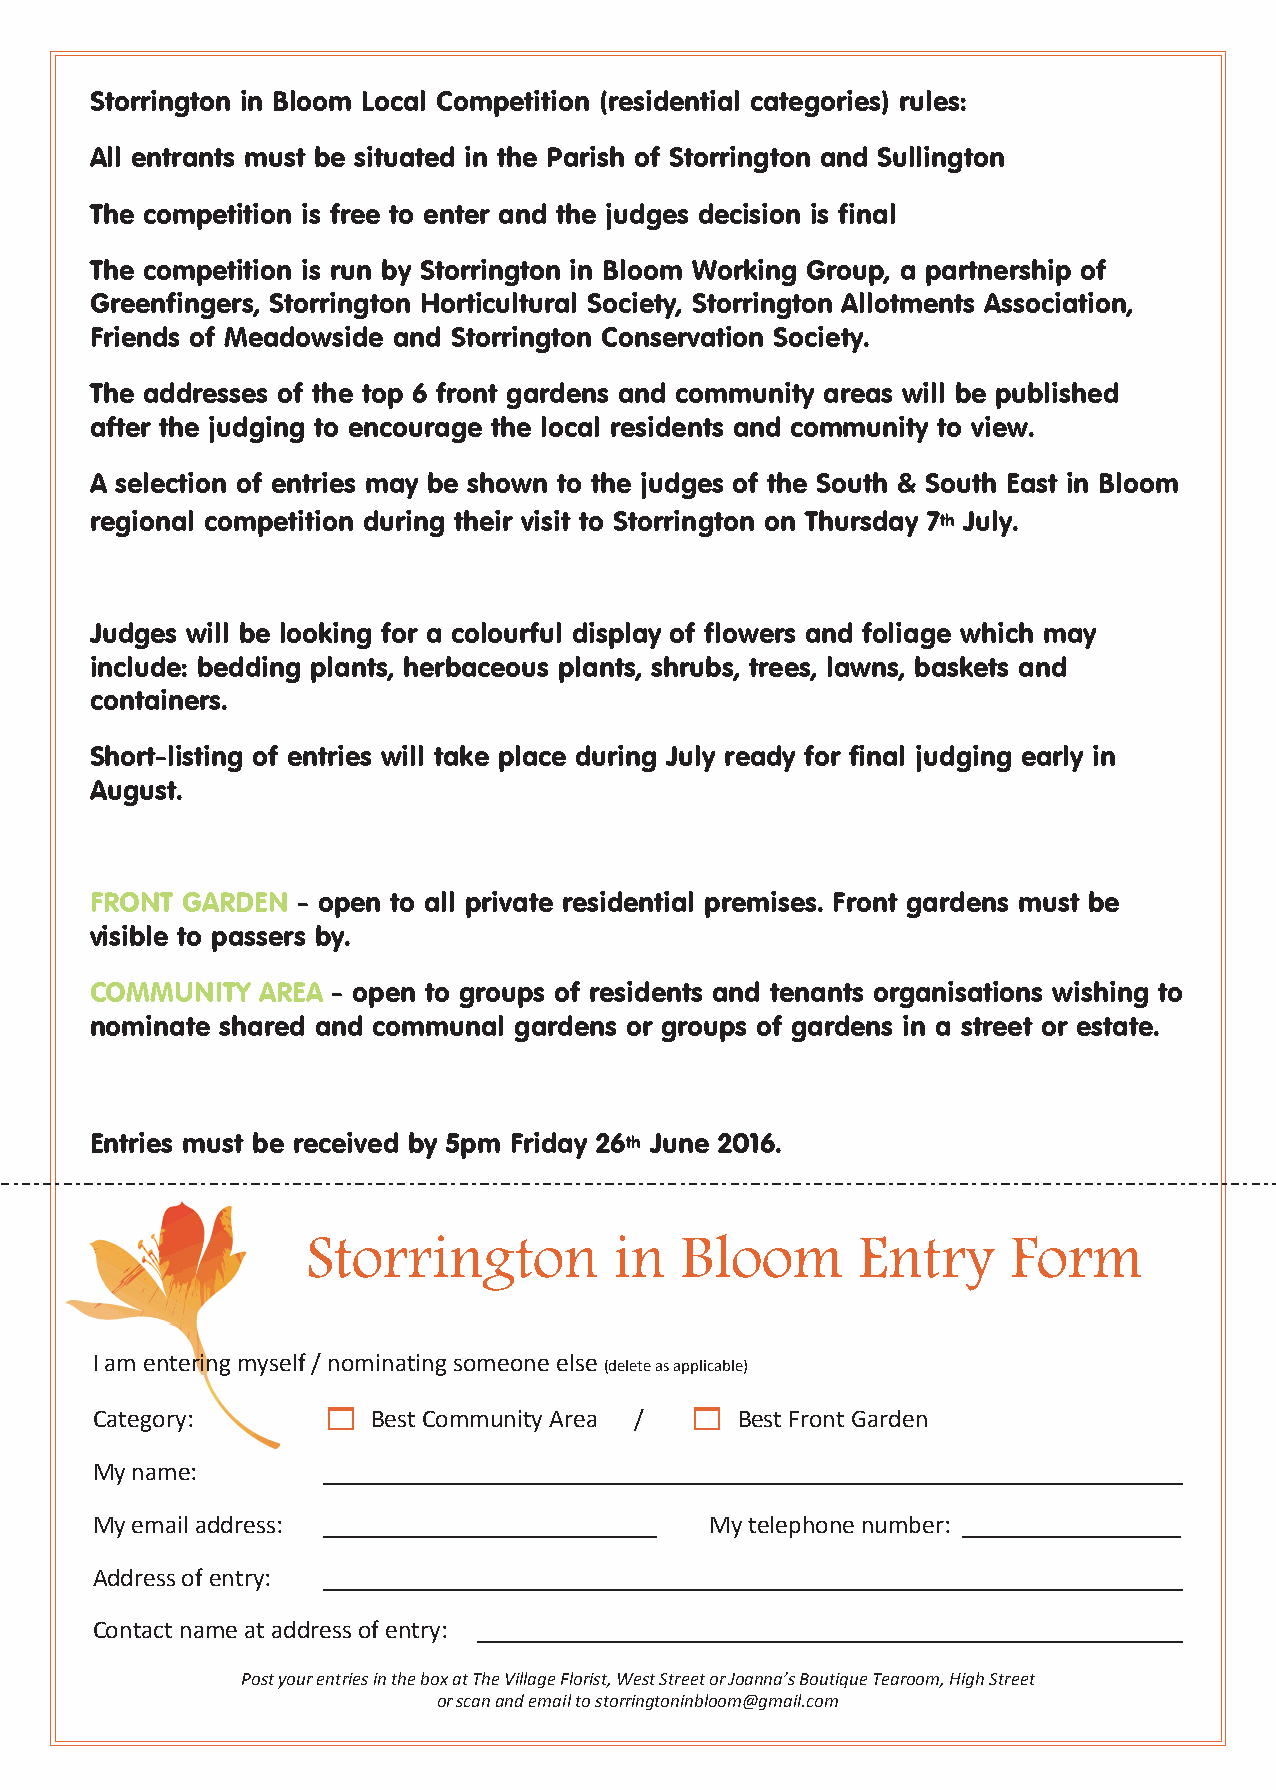
Storrington in Bloom Local Competition (residential categories) rules:
 All entrants must be situated in the Parish of Storrington and Sullington
 The competition is free to enter and the judges decision is final
 The competition is run by Storrington in Bloom Working Group, a partnership of
 Greenfingers, Storrington Horticultural Society, Storrington Allotments Association,
 Friends of Meadowside and Storrington Conservation Society.
 The addresses of the top 6 front gardens and community areas will be published
 after the judging to encourage the local residents and community to view.
 A selection of entries may be shown to the judges of the South & South East in Bloom
 regional competition during their visit to Storrington on Thursday 7th July.
 Judges will be looking for a colourful display of flowers and foliage which may
 include: bedding plants, herbaceous plants, shrubs, trees, lawns, baskets and
 containers.
 Short-listing of entries will take place during July ready for final judging early in
 August.
 FRONT GARDEN  - open to all private residential premises. Front gardens must be
 visible to passers by.
 COMMUNITY  AREA - open to groups of residents and tenants organisations wishing to
 nominate shared and communal gardens or groups of gardens in a street or estate.
 Entries must be received by 5pm Friday 26th June 2016.
 Storrington          in  Bloom       Entry     Form
 I am entering myself / nominating someone else
 (delete as applicable)
 1                        1
 Category:          Best Community Area /   Best Front Garden
 My name:       ___________________________________________________________________
 My email address: __________________________ My telephone number: _________________
 Address of entry: ___________________________________________________________________
 Contact name at address of entry: _______________________________________________________
 Post your entries in the box at The Village Florist, West Street or Joanna’s Boutique Tearoom, High Street
 or scan and email to storringtoninbloom@gmail.com